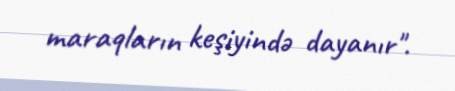
maraqların keşiyində dayanır".